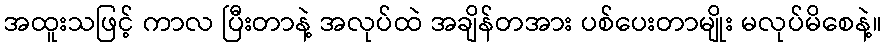
အထူးသဖြင့် ကာလ ပြီးတာနဲ့ အလုပ်ထဲ အချိန်တအား ပစ်ပေးတာမျိုး မလုပ်မိစေနဲ့။